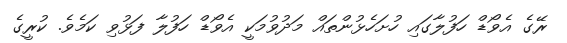
ރޭގެ އެވޯޑް ހަފުލާގައި ހުށަހެޅުންތައް މަދުވުމަކީ އެވޯޑް ހަފުލާ ފަޅުވި ކަމެވެ. ކުރީގެ